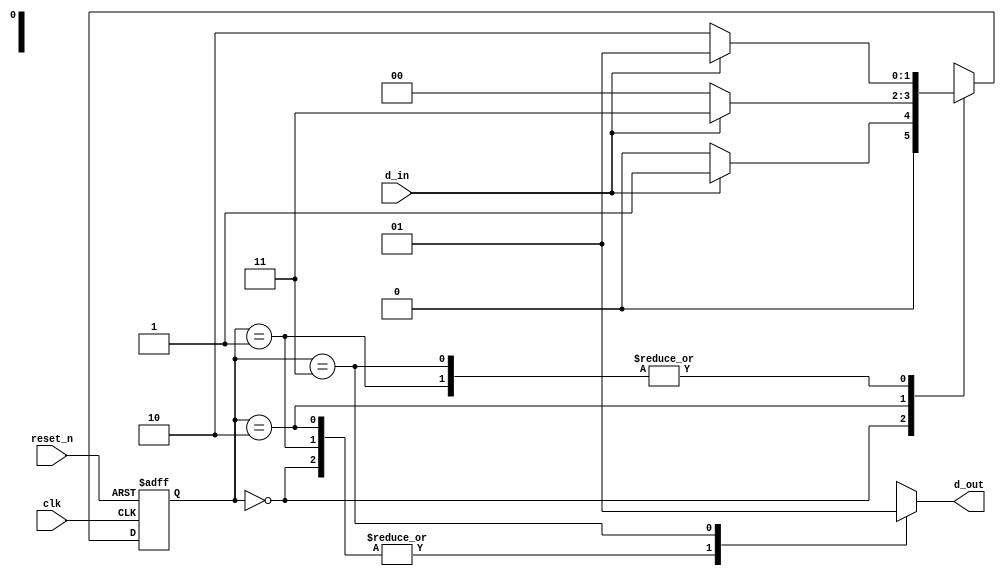
`timescale 1ns / 1ps
//////////////////////////////////////////////////////////////////////////////////
// Company: 
// Engineer: 
// 
// Design Name: 
// Module Name: moore_101_sequence_detector
// Project Name: 
// Target Devices: 
// Tool Versions: 
// Description: 
// 
// Dependencies: 
// 
// Revision:
// Revision 0.01 - File Created
// Additional Comments:
// 
//////////////////////////////////////////////////////////////////////////////////
module moore_101_sequence_detector(
        input d_in,
        input clk,
        input reset_n,
        output reg d_out
    );
reg [1:0] present_state, next_state;
parameter s0=2'b00;
parameter s1=2'b01;
parameter s2=2'b10;
parameter s3=2'b11;

//state register use NBA

always@(posedge clk, negedge reset_n)
begin
    if ( !reset_n)
      present_state <= s0;
    else
      present_state <= next_state;
end 

// next state logic 

always@*
begin
    case(present_state)
    s0 : begin 
        if( d_in) next_state=s1;
        else next_state=s0;
        end 
    
    s1 : begin 
        if( d_in) next_state=s1;
        else next_state=s2;
        end 
        
    s2 : begin 
        if( d_in) next_state=s3;
        else next_state=s0;
        end 
        
    s3 : begin 
        if( d_in) next_state=s1;
        else next_state=s2;
        end     
    endcase
end 

// output logic check within the state bubble ( state diagram) 

always@*
begin
    case(present_state)
    s0 : d_out='b0;
    s1 : d_out='b0;
    s2 : d_out='b0;
    s3 : d_out='b1;
    endcase
end 
endmodule